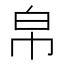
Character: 帛